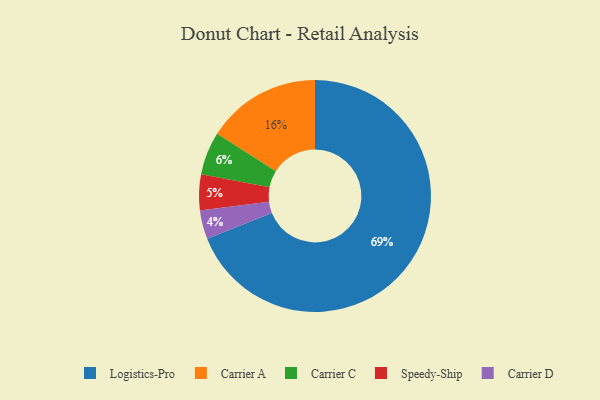
{"axis": {"x": "Category", "y": "Percentage"}, "legend": ["Carrier A", "Carrier C", "Carrier D", "Logistics-Pro", "Speedy-Ship"], "data": [{"x": "Speedy-Ship", "y": 5, "type": "Speedy-Ship"}, {"x": "Carrier C", "y": 6, "type": "Carrier C"}, {"x": "Carrier A", "y": 16, "type": "Carrier A"}, {"x": "Logistics-Pro", "y": 69, "type": "Logistics-Pro"}, {"x": "Carrier D", "y": 4, "type": "Carrier D"}]}